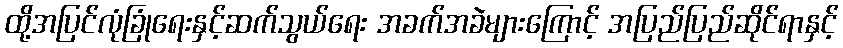
ထို့အပြင်လုံခြုံရေးနှင့်ဆက်သွယ်ရေး အခက်အခဲများကြောင့် အပြည်ပြည်ဆိုင်ရာနှင့်